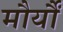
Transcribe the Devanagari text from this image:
मौर्यौं